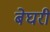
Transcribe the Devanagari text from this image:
बेघरी